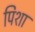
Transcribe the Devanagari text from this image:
पिशा